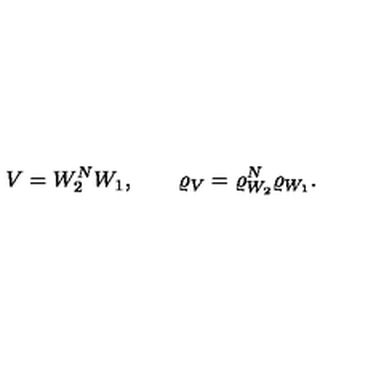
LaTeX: V = W _ { 2 } ^ { N } W _ { 1 } , \qquad \varrho _ { V } = \varrho _ { W _ { 2 } } ^ { N } \varrho _ { W _ { 1 } } .